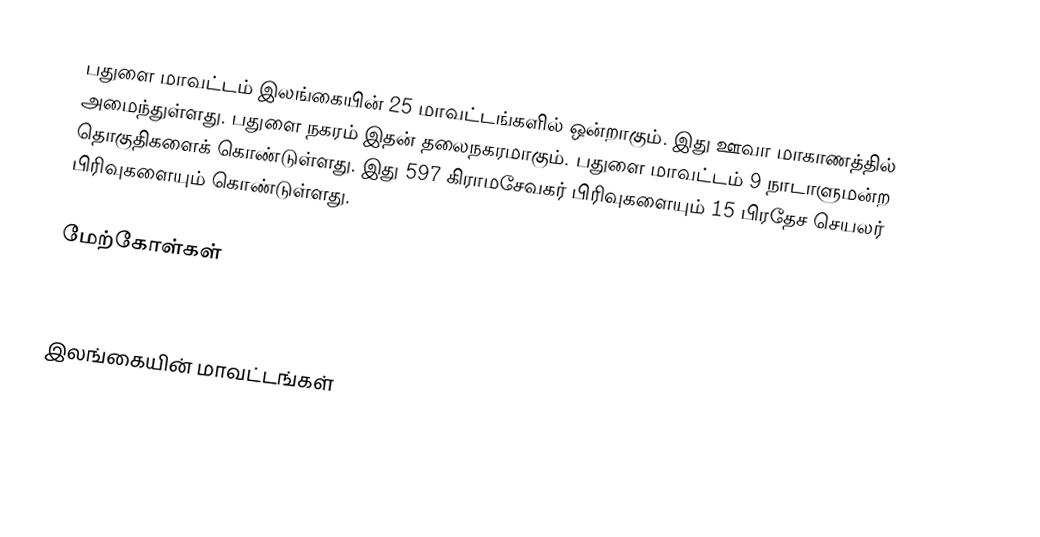
பதுளை மாவட்டம் இலங்கையின் 25 மாவட்டங்களில் ஒன்றாகும். இது ஊவா மாகாணத்தில் அமைந்துள்ளது. பதுளை நகரம் இதன் தலைநகரமாகும்.   பதுளை மாவட்டம் 9 நாடாளுமன்ற தொகுதிகளைக் கொண்டுள்ளது. இது 597  கிராமசேவகர் பிரிவுகளையும் 15 பிரதேச செயலர் பிரிவுகளையும் கொண்டுள்ளது.

மேற்கோள்கள்

இலங்கையின் மாவட்டங்கள்